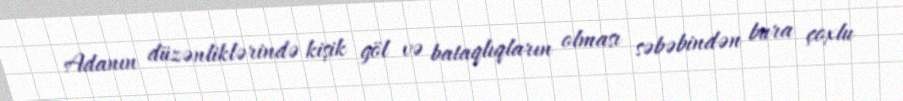
Adanın düzənliklərində kişik göl və bataqlıqların olması səbəbindən bura çoxlu